Bréfritari: Jakobína Jónsdóttir
Viðtakandi: Sólveig Jónsdóttir
Dagsetning: A-1868-03-26
Skrifað á: Hólmum  S-Múl.
systir bréfviðtakanda

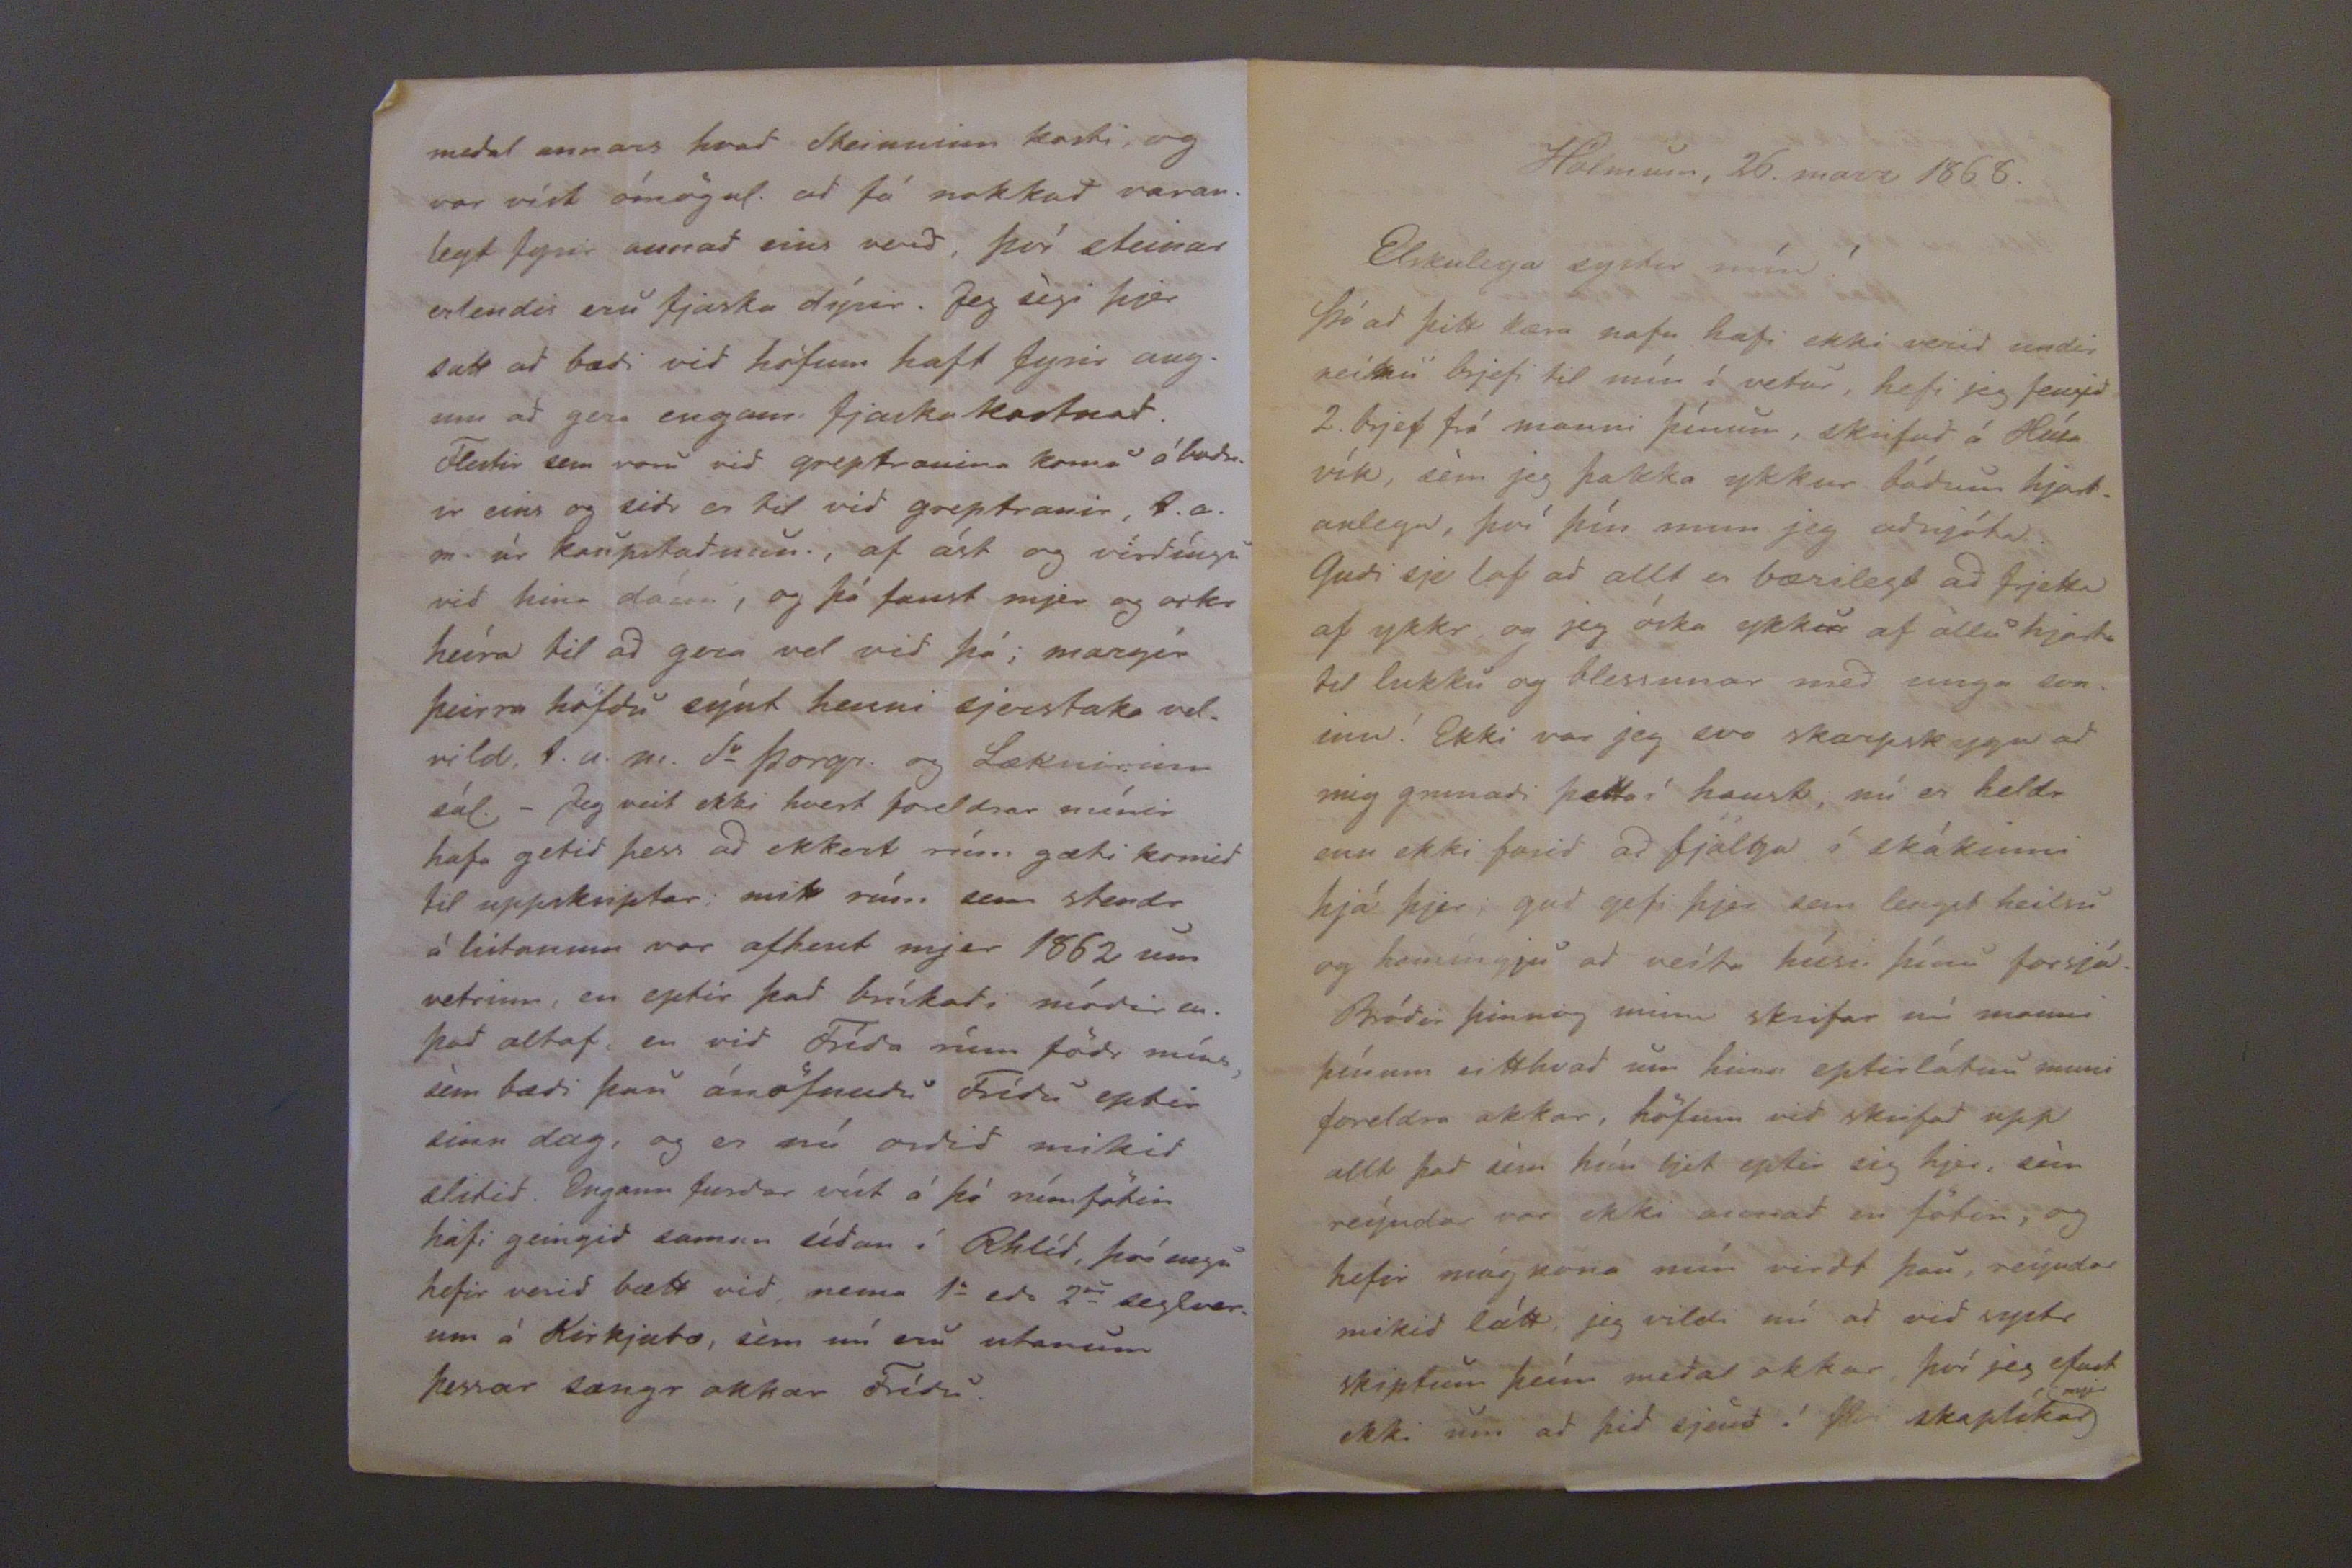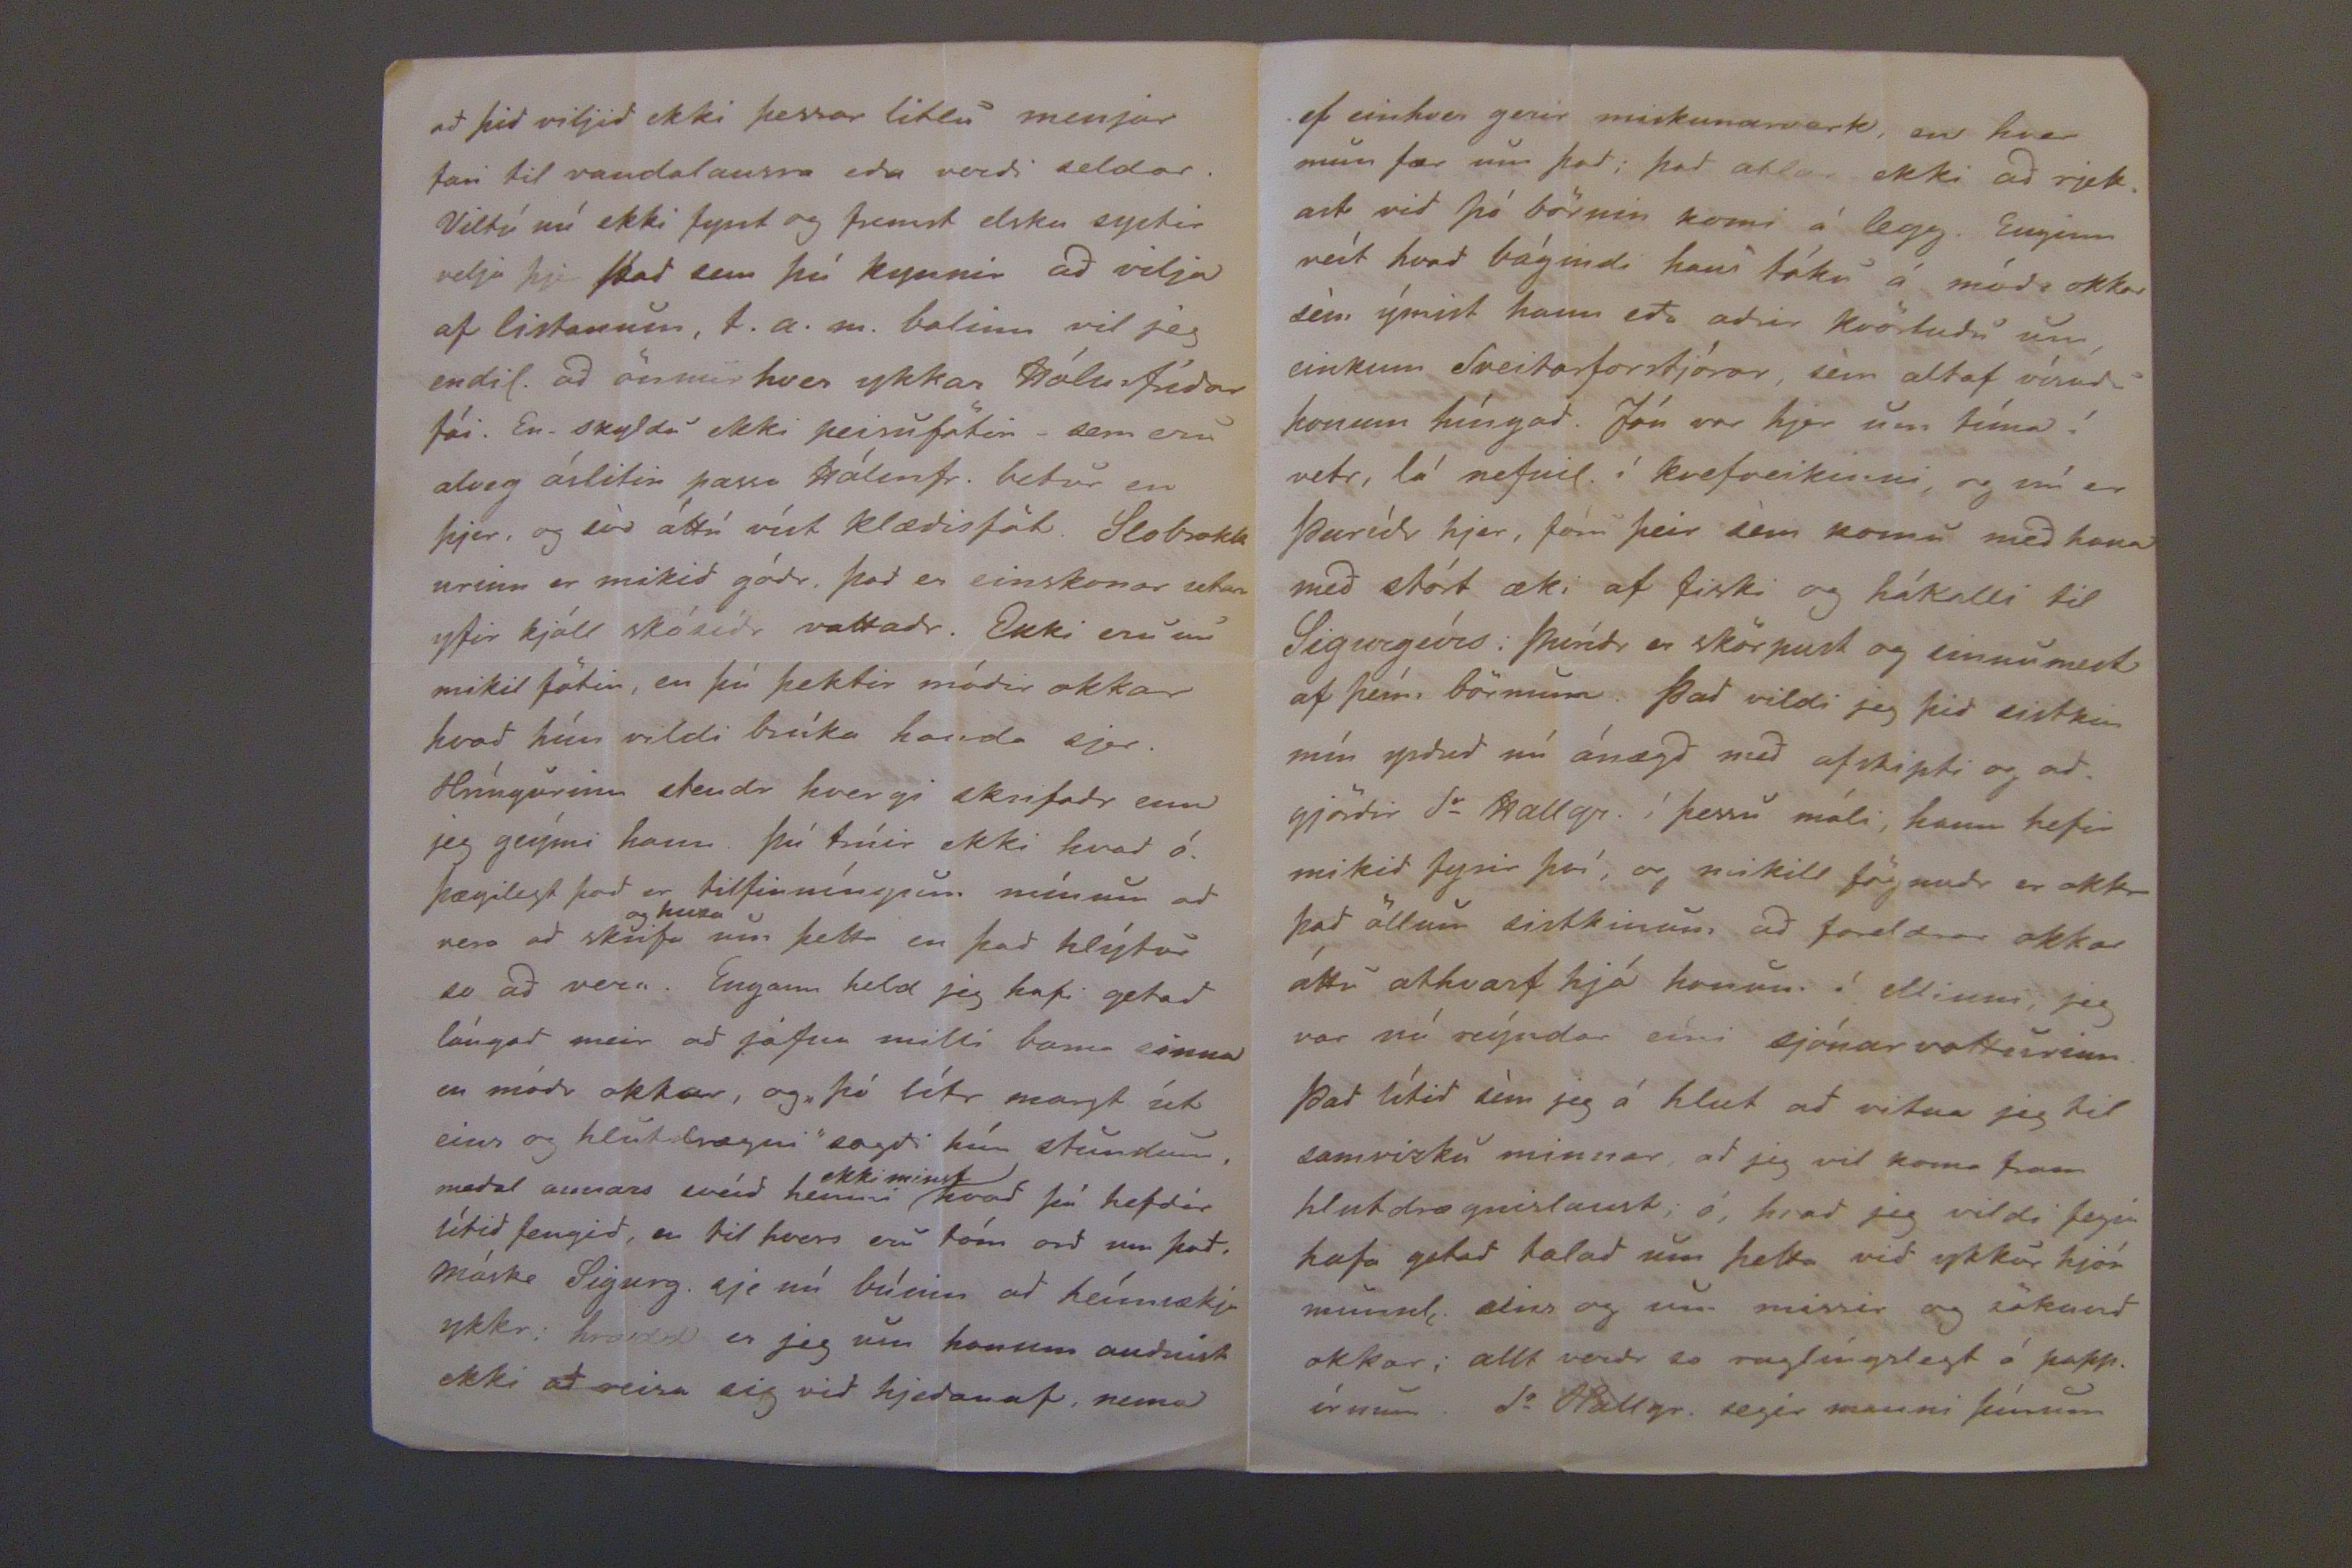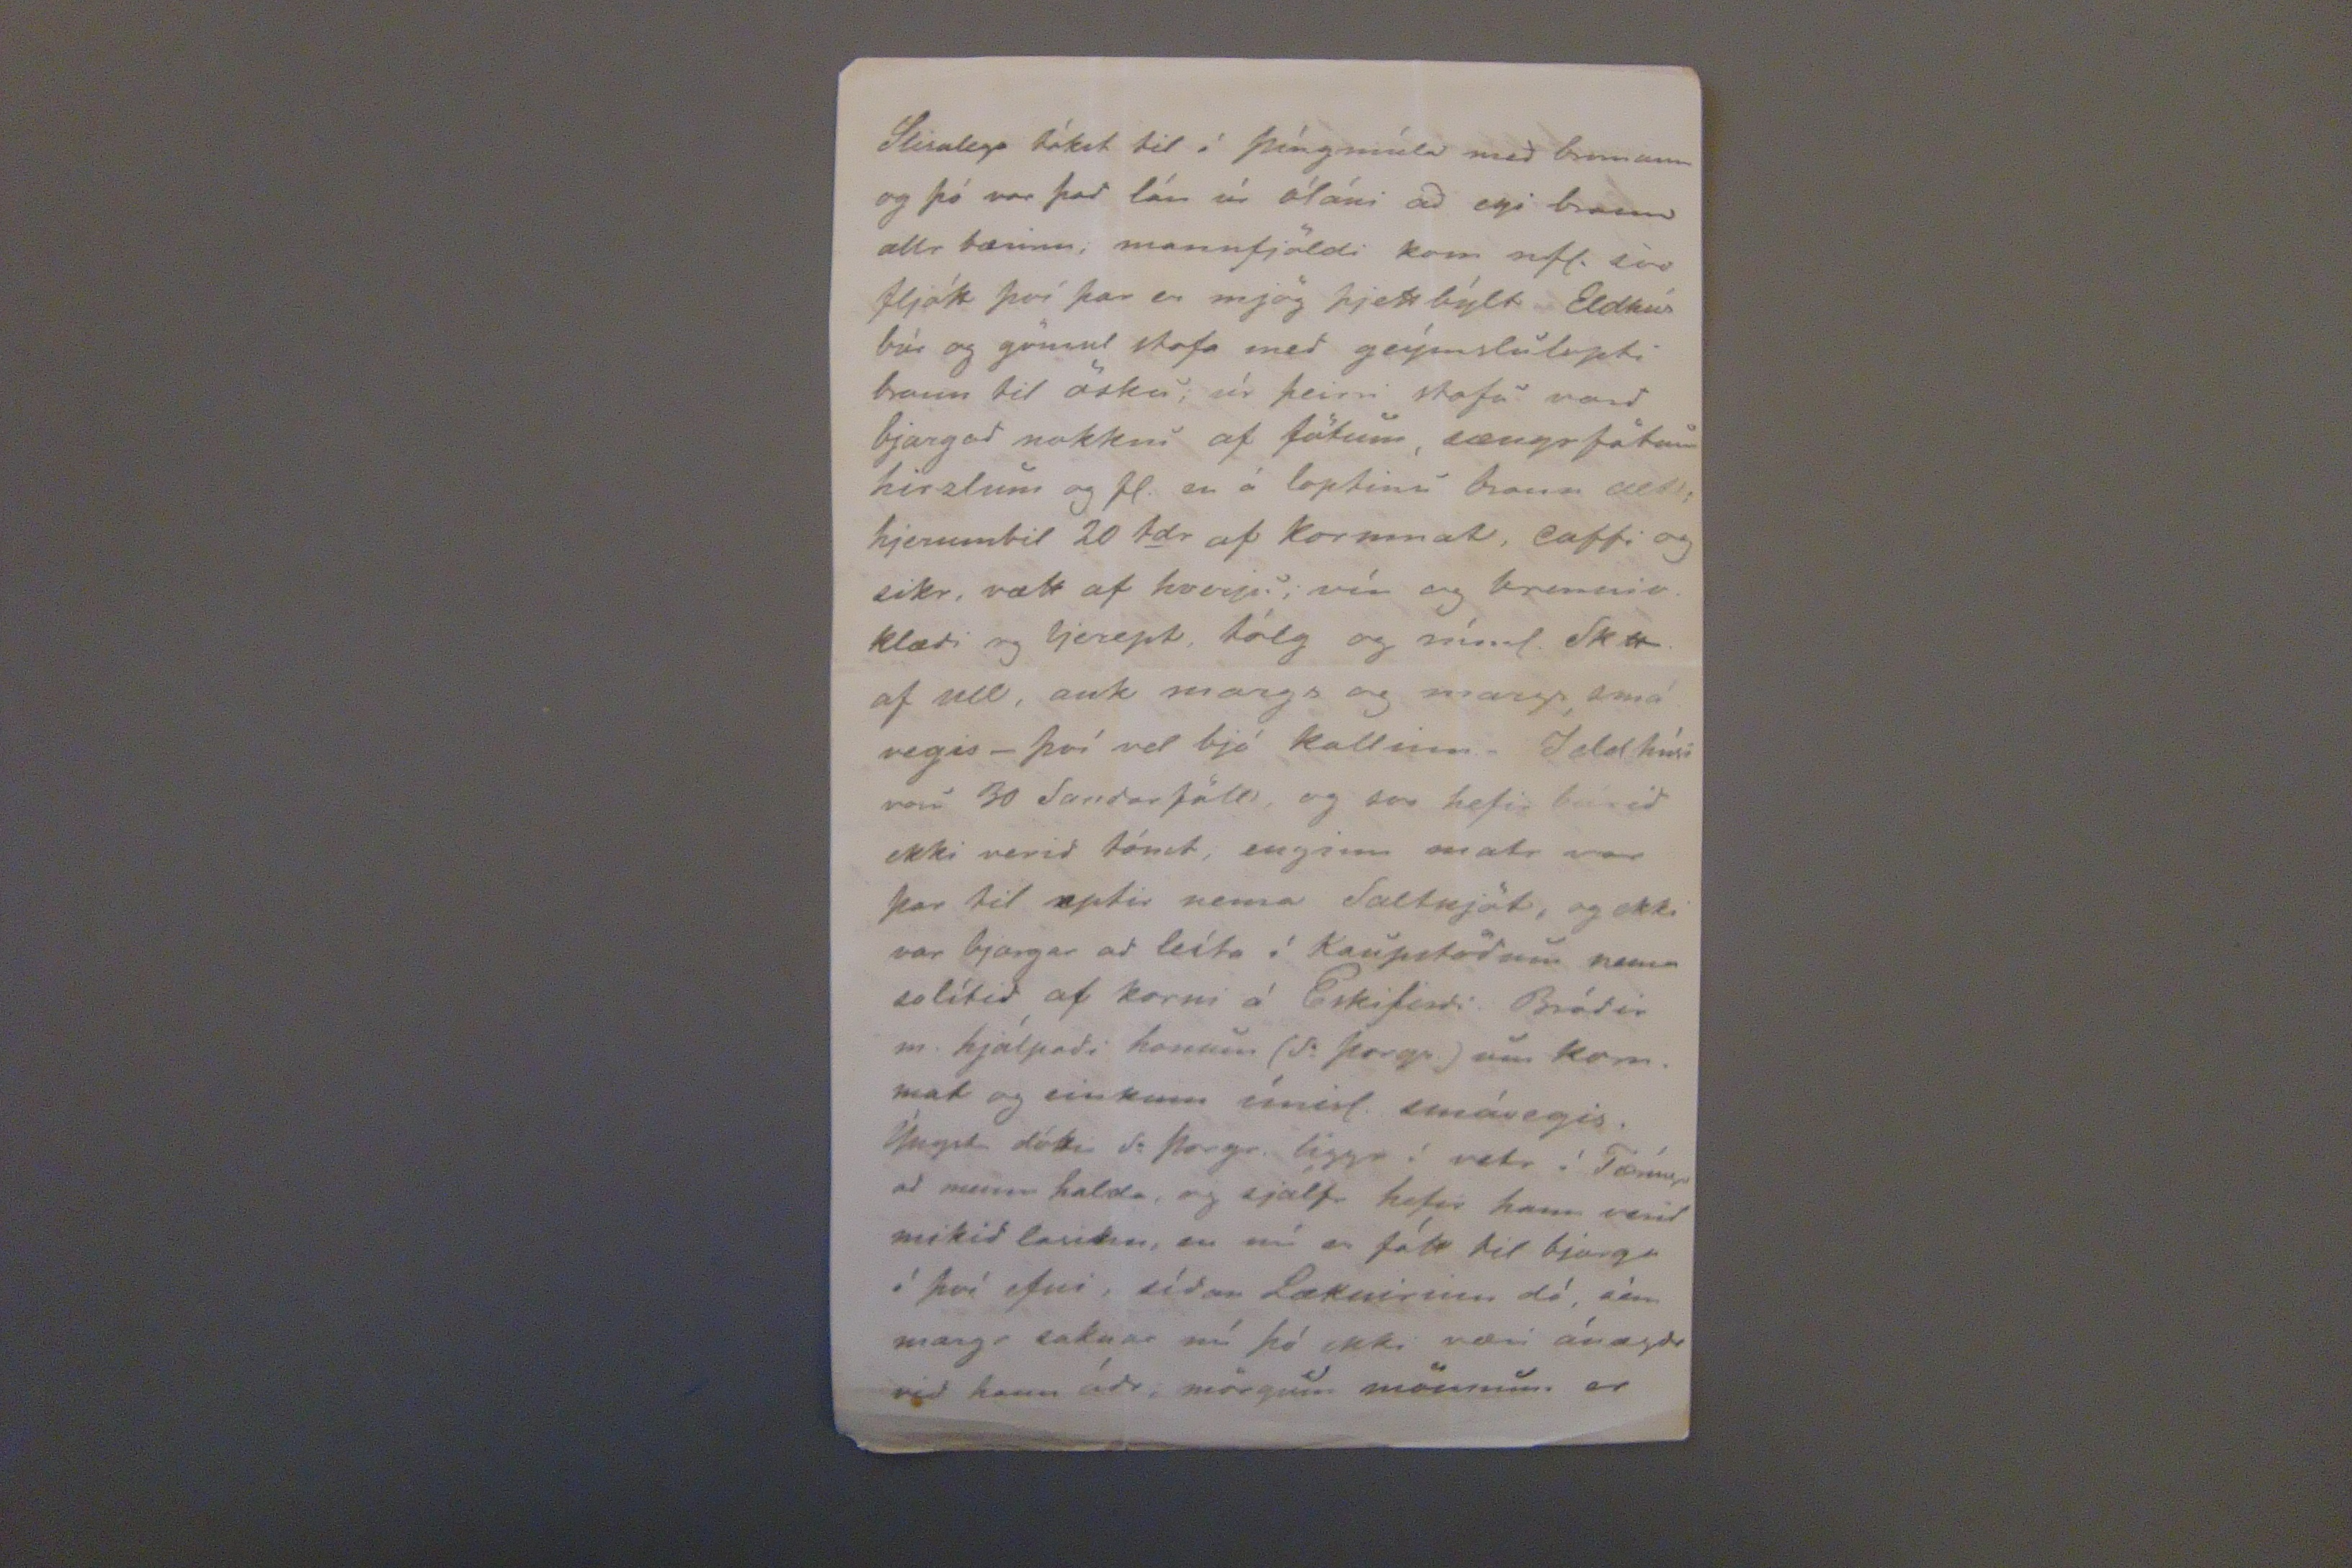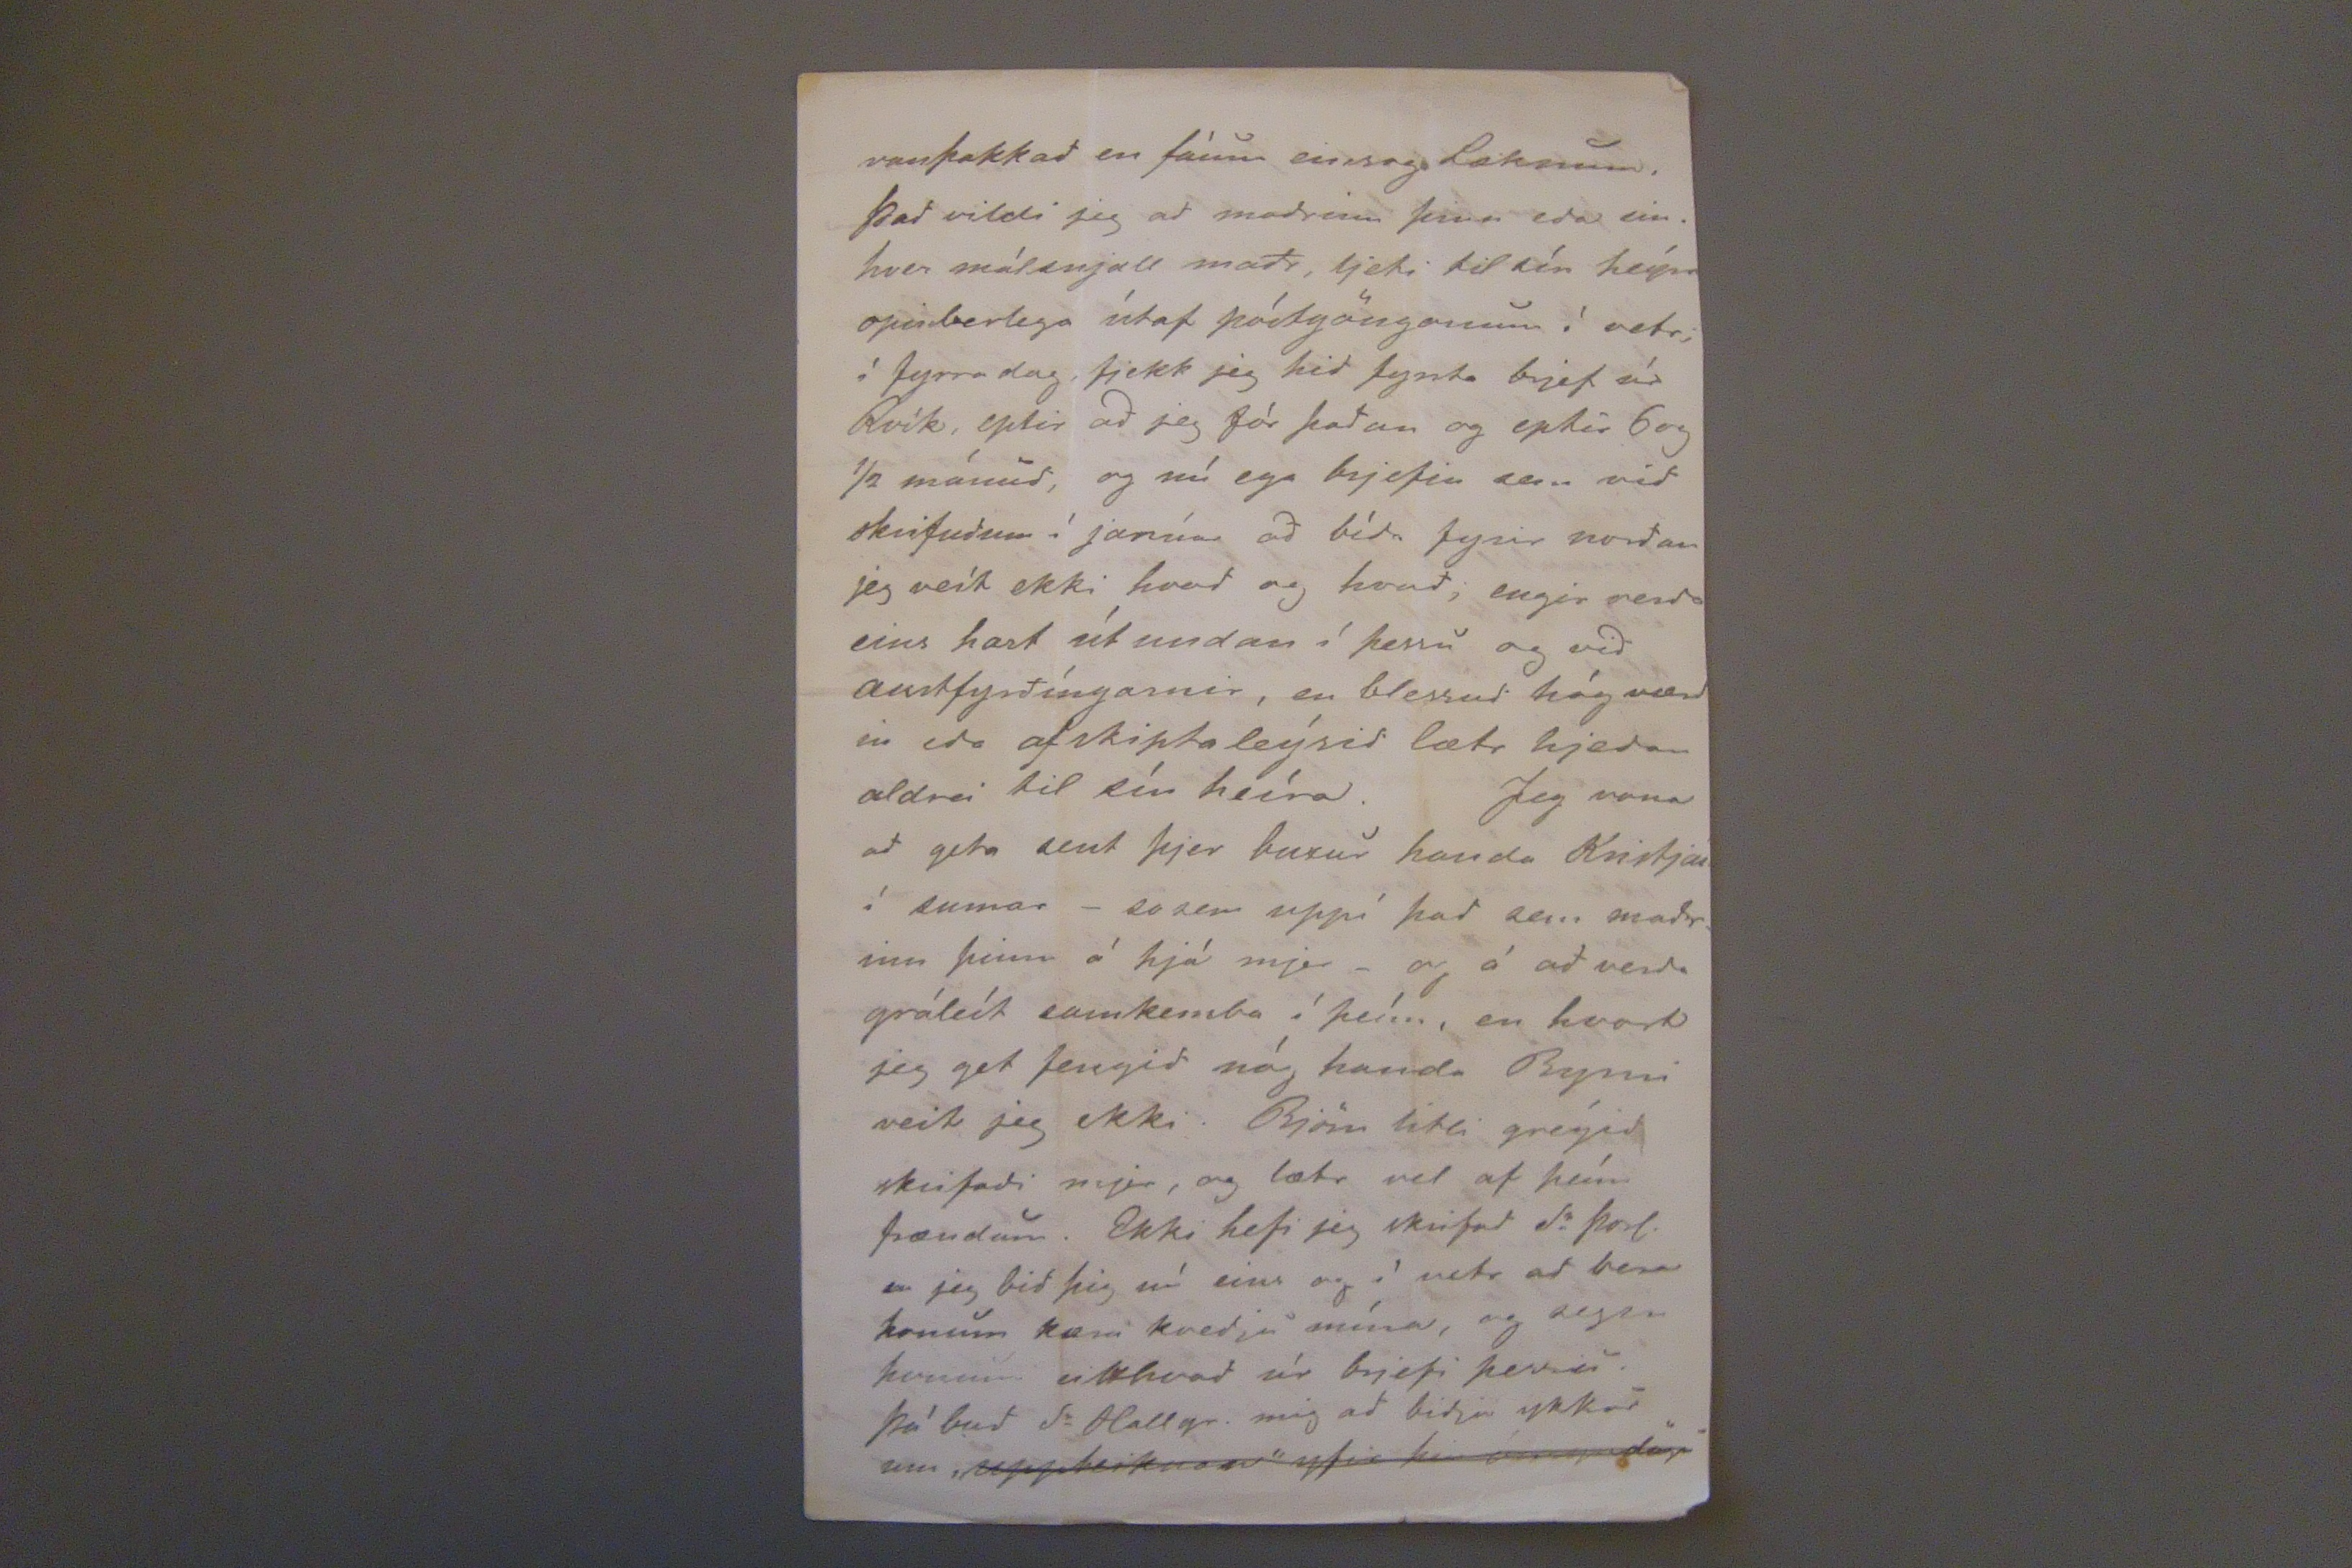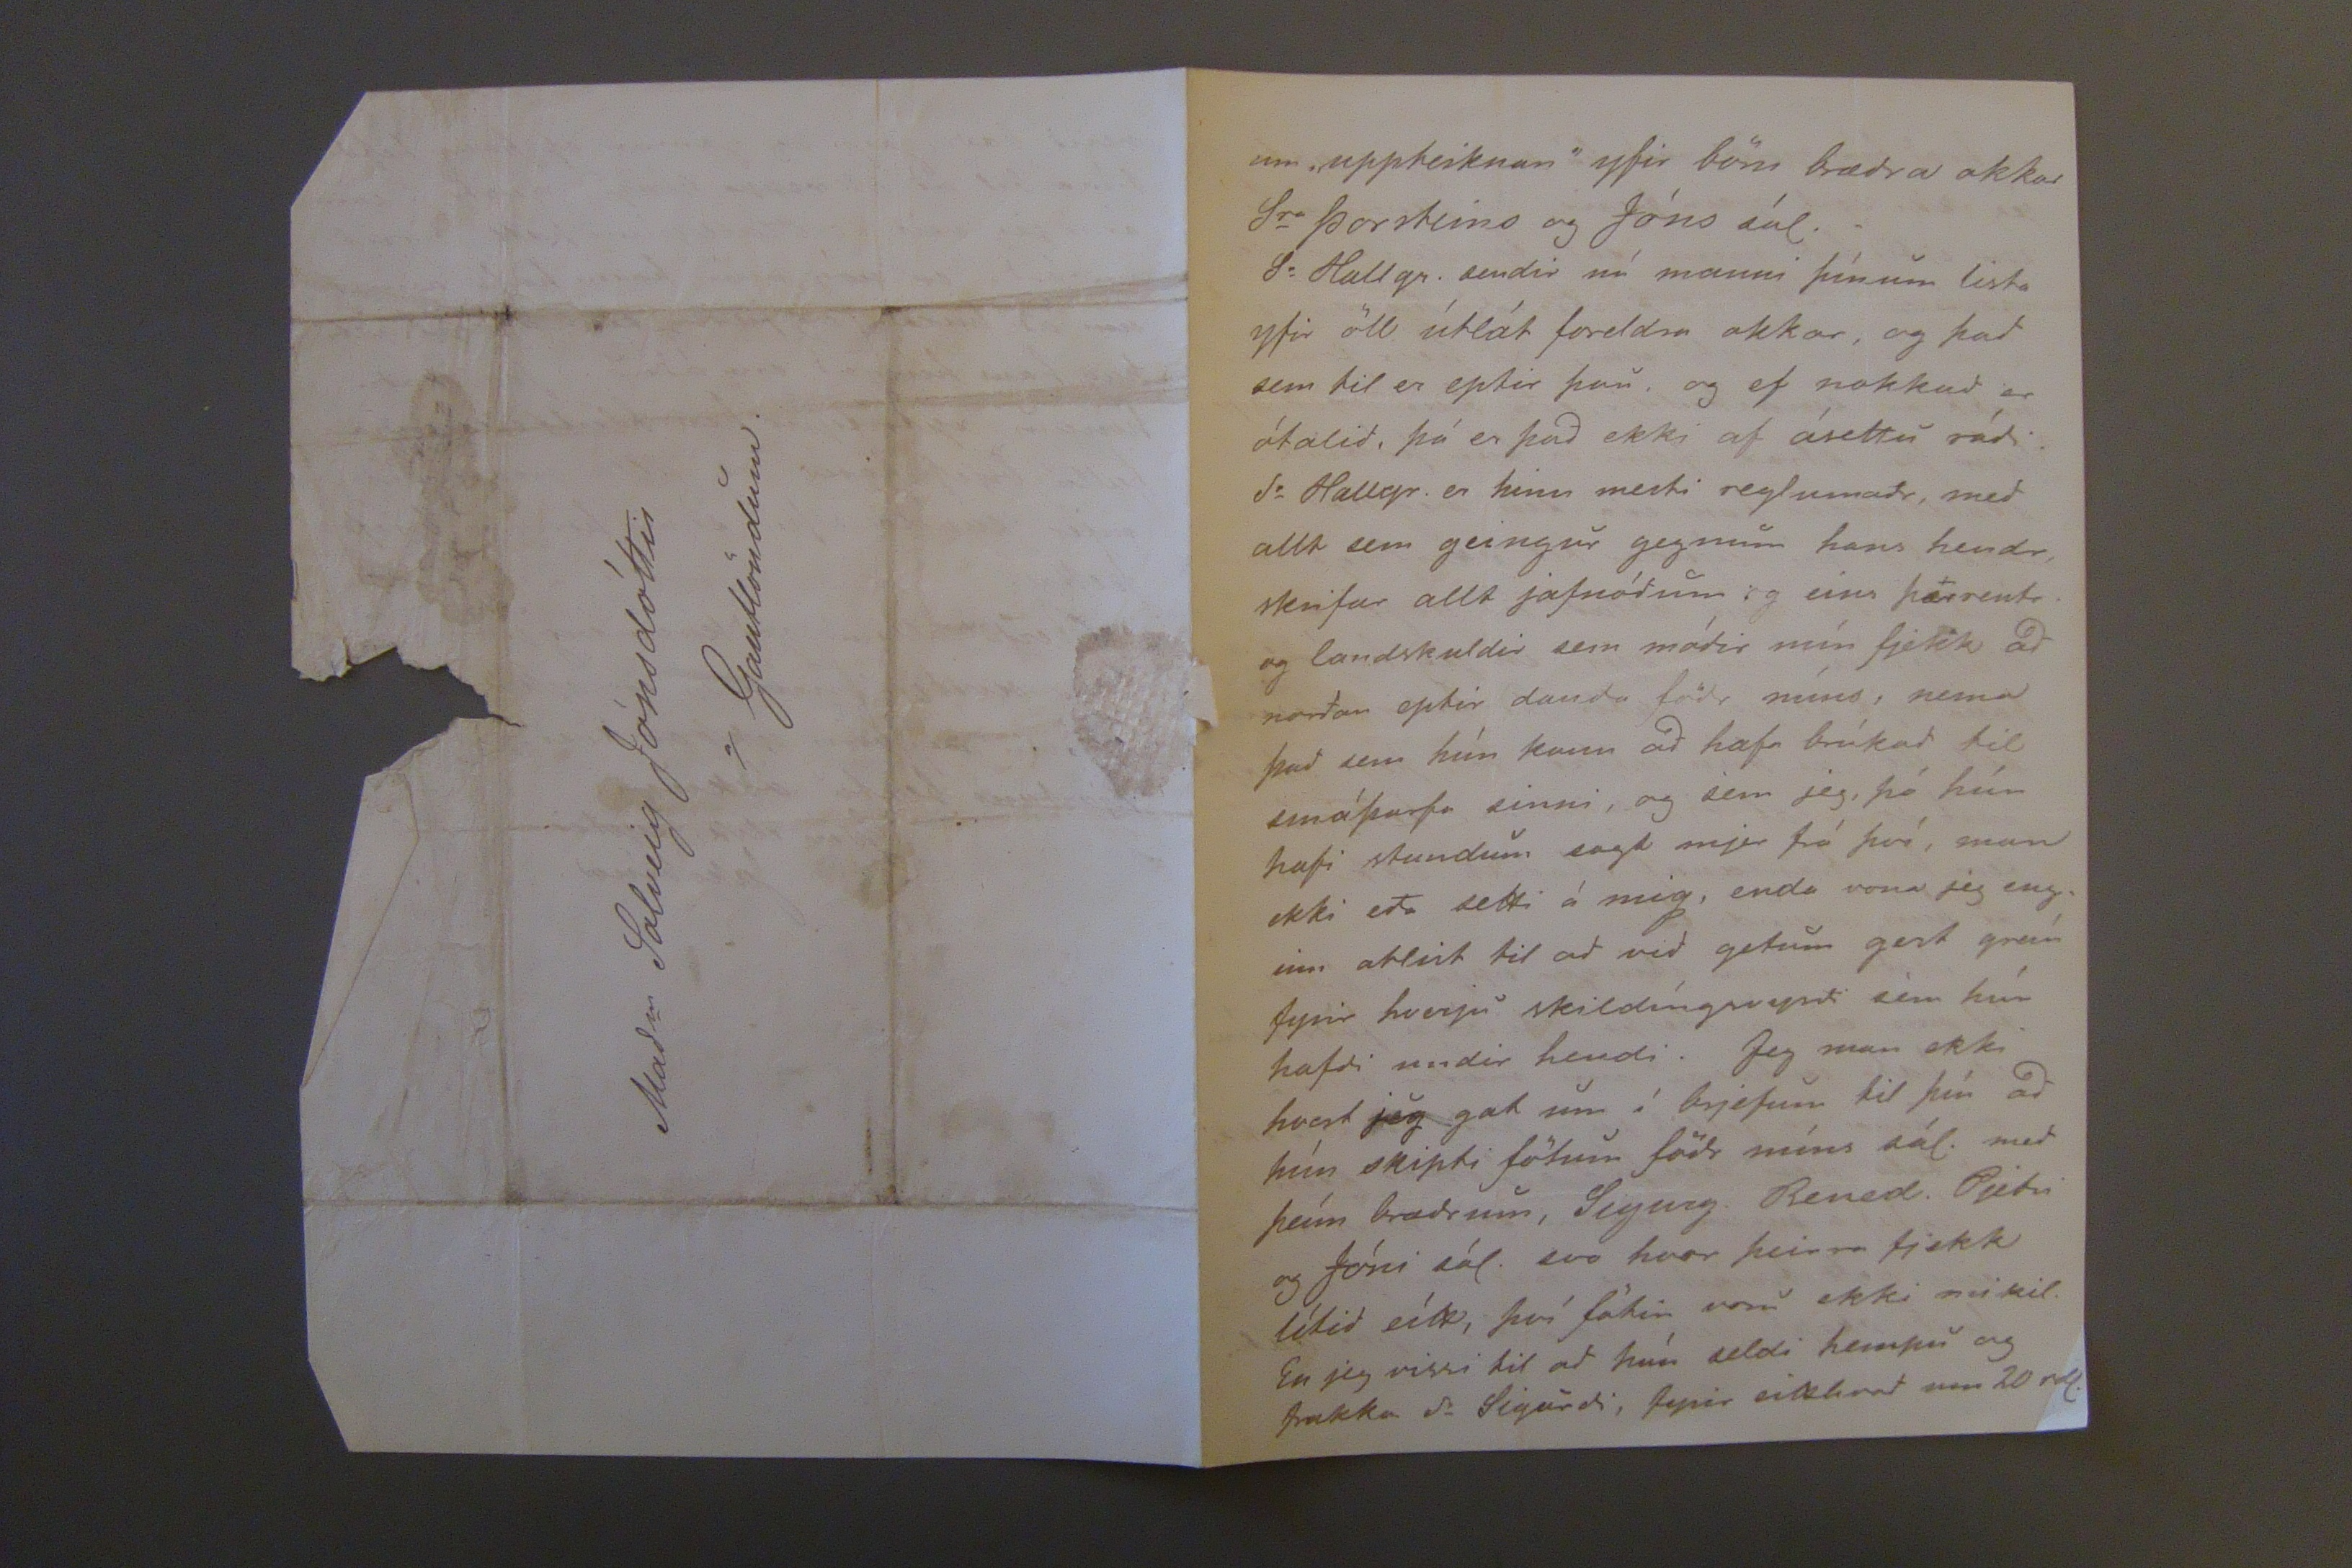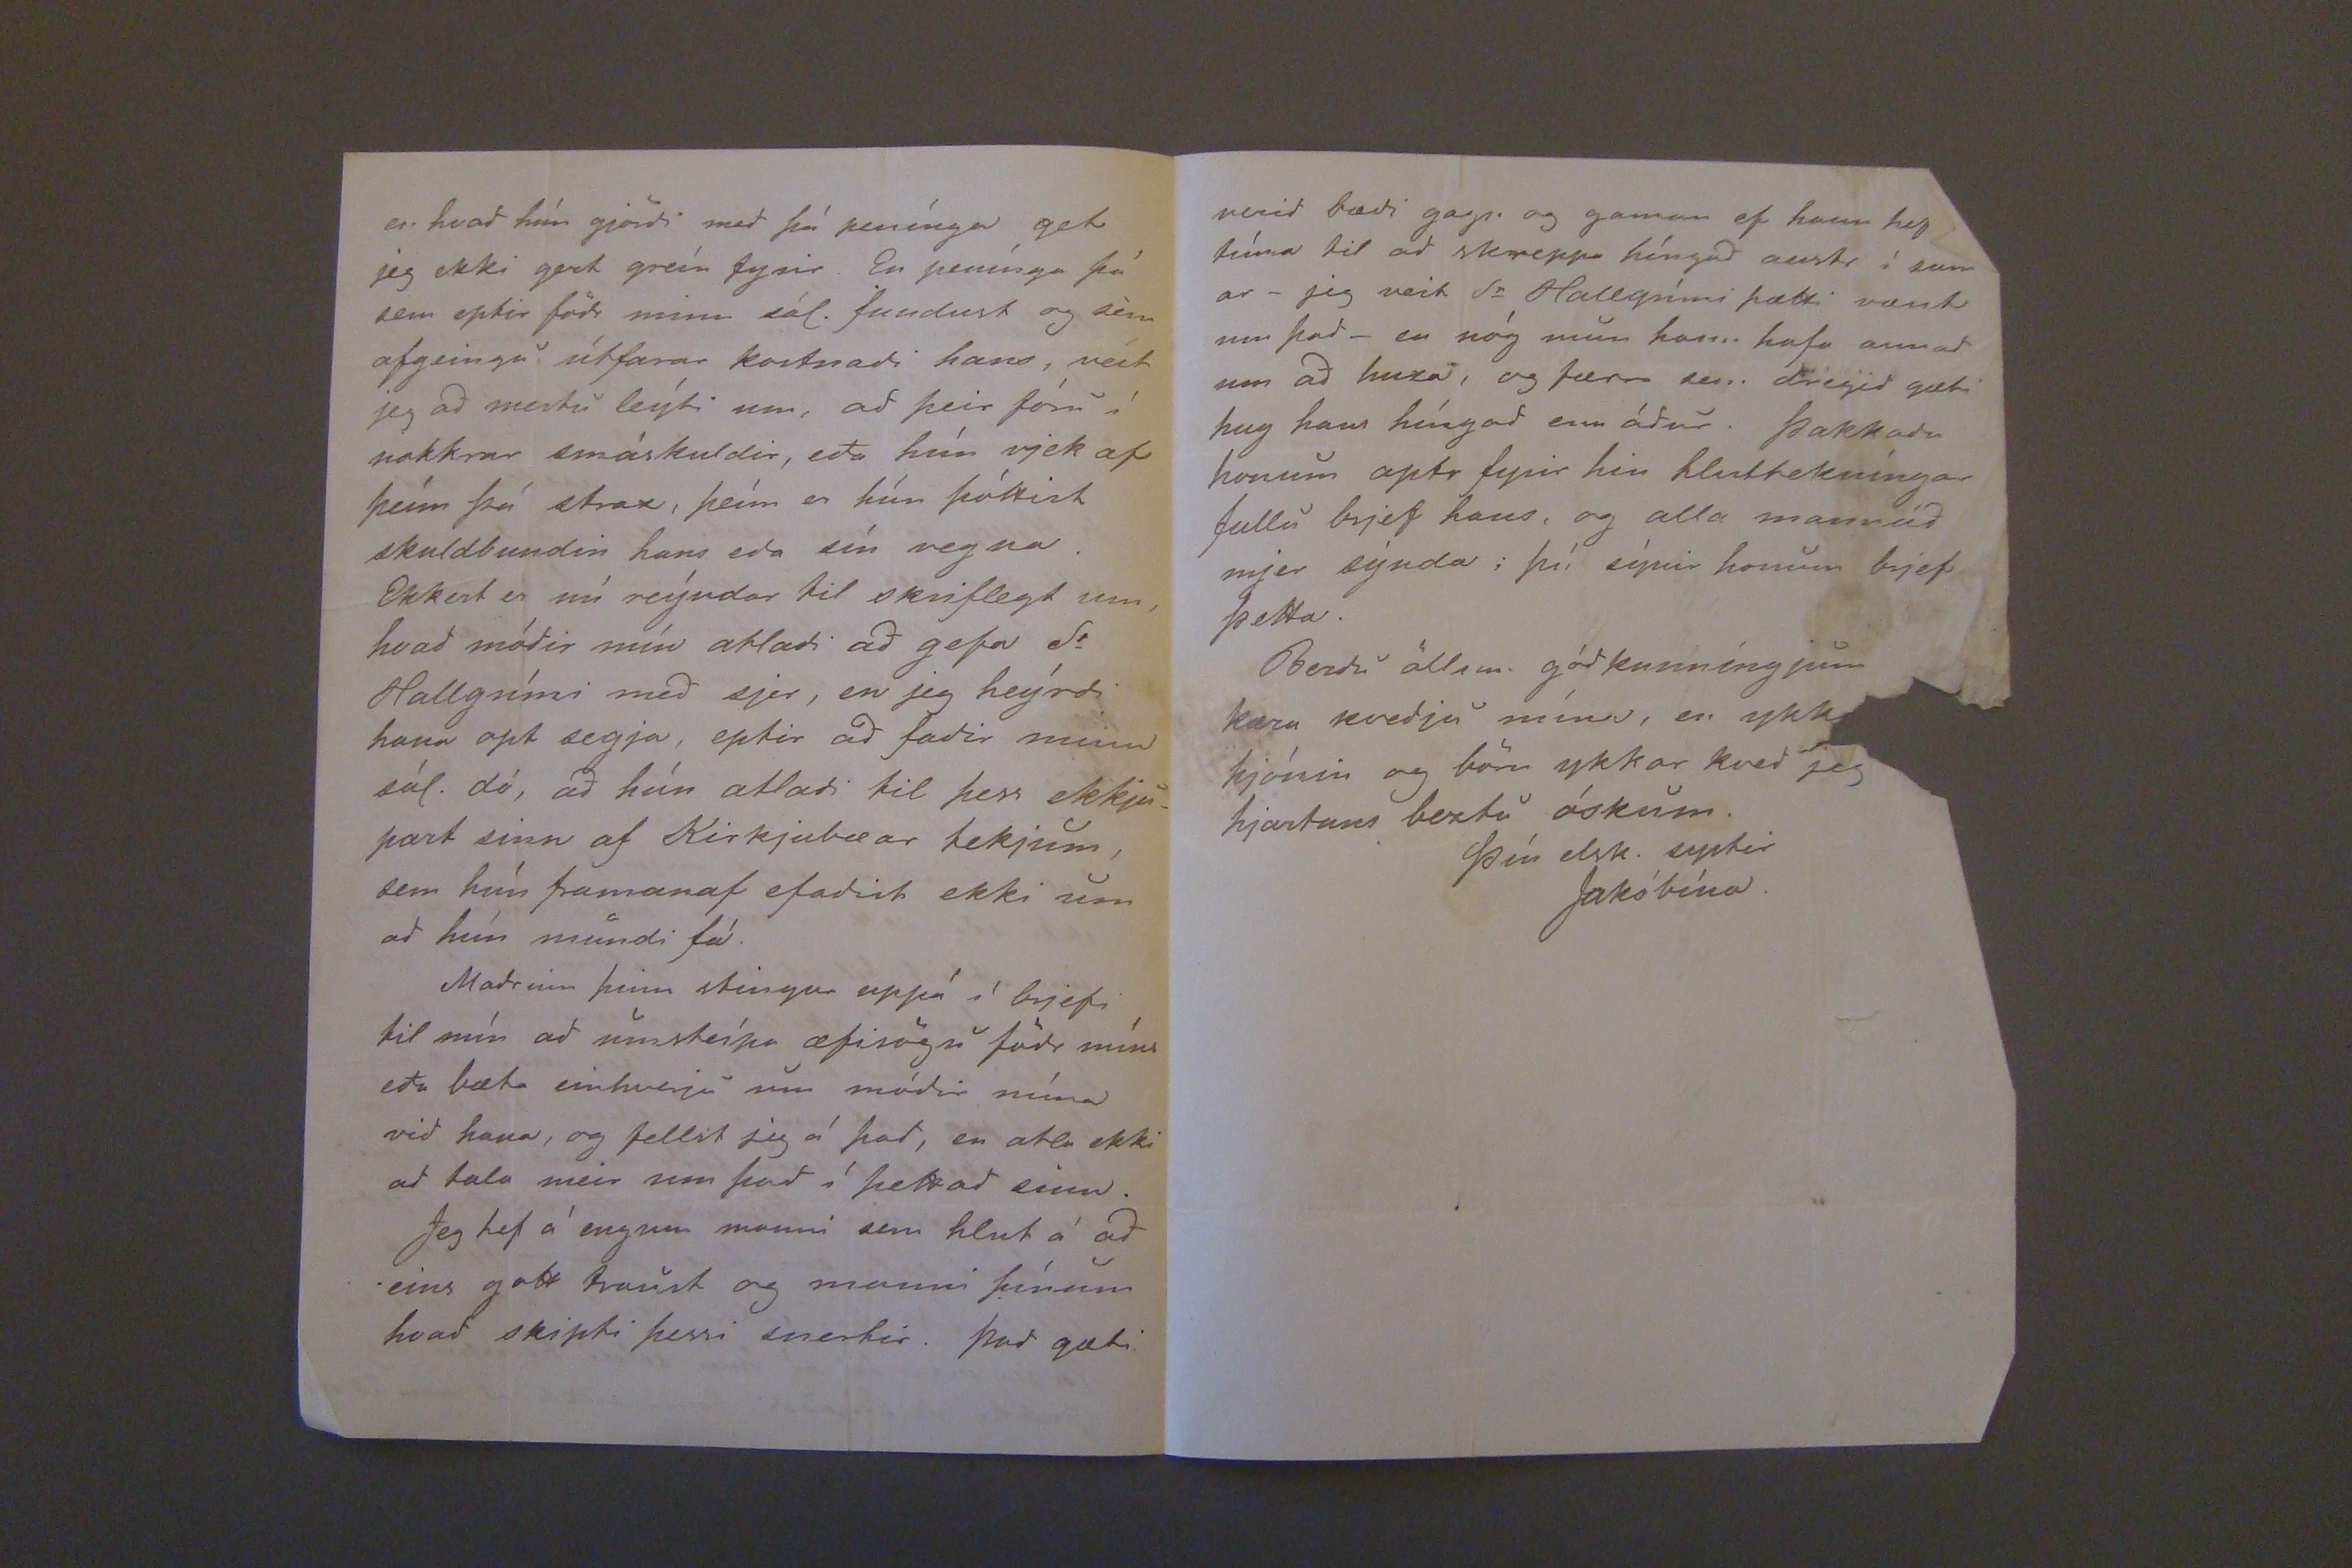

Hólmum, 26. marz 1868.
Elskulega systir mín!
Þó ad þitt kæra nafn hafi ekki verid undir neinu brjefi til mín í vetur, hefi jeg fengid 2. brjef frá manni þínum, skrifud á Húsavík, sem jeg þakka ykkur bádum hjartanlega, því þín mun jeg adnjóta. Gudi sje lof ad allt er bærilegt ad frjetta af ykkr, og jeg óska ykkur af öllu hjarta til lukku og blessunar med unga soninn! Ekki var jeg svo skarpskygn ad mig grunadi þetta í haust, hú er heldr enn ekki farid ad fjölga í skákinni hjá þjer; gud gefi þjer sem lengst heilsu og hamíngju ad veita húsiþínu forsjá. Bródir þinnog minn skrifar nú manni þínum eitthvad um hina eptirlátum muni foreldra okkar, höfum vid skrifad upp allt þad sem hún ljet eptir sig hjer, sém reýndar var ekki annad en fötin, og hefir mágkona mín virdt þau, reýndar mikid látt, jeg vildi nú ad vid systr kiptum þeím medal okkar, því jeg efast mjer ekki um ad þid sjeud í því skaplíkar
ad þid viljid ekki þessar litlu menjar fari til vandalausra eda verdi seldar. Viltú nú ekki fyrst og fremst elsku systir velja þjer þad sem þú kynnir ad vilja af listanum, t.a.m. bolinn vil jeg endil. ad önnur hvor ykkar Hólmfrídar fái. En -skyldu ekki peisufötin- sem eru alveg óslitin passa Hólmfr. betur en þjer, og svo áttú víst klædisföt. Stolsokkurinn er mikid gódr, ad er einskonar utanyfir kjóll skósídr vattadr. Ekki eru um mikil fötin, en þú þektir módir okkar hvad hún vildi brúka handa sjer. Hríngurinn stendr hvergi skrifadr enn jeg geými hann. Þú trúir ekki hvad óþægilegt þad er tilfinníngum mínum ad vera ad skrifa
og huxa
um þetta en þad hlýtur so ad vera. Engann held jeg hafi getad lángad meir ad jafna milli barna sinna en módr okkar, og "þó lítr marg út eins og hlutdrægni" sagdi hún stundum, medal annars sveíd henni
ekki minst
hvad þú hefdir lítid fengid, en til hvers eru tóm ord um þad. Máske Sigurg. sje nú búinn ad heímsækja ykkr, hrædd er jeg um honum audnist ekki ad reisa sig vid hjedanaf, nema
medal annars hvad Steinninn kosti, og var víst ómögul. ad fá nokkud varanlegt fyrir annad eins verd, því steinar erlendis eru fjarska dýrir. Jeg segi þjer sat ad bædi vid höfum haft fyrir augum ad gera engann fjarska kostnad. Flestir sem voru vid greptrunina komu óbodnir eins og sidr er til vid greptranir, t.a.m. úr kaupstanum, af ást og virdíngu vid hina dánu, og þó fanst mjer og ockr heíra til ad gera vel vid þá; margír þeirra höfdu sýnt henni sjerstaka velvild. t.a.m. Sr Þorgr. og Læknirinn sál. -Jeg veit ekki hvort foreldrar mínir hafa getid þess ad ekkert rúm gæti komid til uppskriptar, mitt rúm sem stendr á listanum var afhent mjer 1862 um vetrinn, en eptir þad brókadi módir m. þad altaf en vid Frída rúm födr míns, sem bædi þau ánöfnudu Frídu eptir sinn dag, og er nú ordid mikid slitid. Engann furdar víst á þó rúmfötin hafi geingid saman sídan í Rhlíd, því enga hefir verid bætt vid, nema 1a eda 2an seglverum á Kirkjubæ, sem nú eru utanum þessar sængr okkar Frídu.
ef einhver gerir miskunarverk, en hver mun fær um þad; þad ætlar ekki ad rjettast vid þó börnin komi á legg. Enginn veít hvad bágindi hans tóku á módr okkar sem ýmist hann eda adrir kvörtudu um, einkum Sveitarforstjórar, sem altaf vísudu honum híngad. Jón var hjer um tíma í vetr, lá nefnil. í kvefveikinni, og nú er Þurídr hjer, fóru þeir sem komu med hana med stórt æki af fiski og hákalli til Sigurgeírs; Þurídr er skörpust og sinnumest af þeím börnum. Þad vildi jeg þid sistkin mín yrdud nú ánægt med afskipti og adgjördir Sr Hallgr. í þessu máli, hann hefir mikid fyrir því, og mikill fögnudr er okkr þad öllum sistkinum, ad foreldrar okkar áttu athvarf hjá honum í ellinni, jeg var nú reýndar eíni sjónarvotturinn. Þad lítid sem jeg á hlut ad vitna jeg til samvizku minnar, ad jeg vil koma fram hlutdrægnislaust; ó, hvad jeg vildi fegin hafa getad talad um þetta vid ykkur hjér munnl,. eins og um missir og söknud okkar; allt verdr so ruglíngslegt á pappírnum. Sr Hallgr. segir manni þínum
Slisalega tókst til í Þíngmúla med brunann og þó var þad lán úr óláni ad egi brann allr bærinn; mannfjöldi kom nefl. svo fljótt því þar er mjög þjettbýlt Eldhús búr og gömul stofa med geýmslulopti brann til ösku, úr þeirri stofu vard bjargad nokkru af fötum, sængrfötum hirzlum og fl. en á loptinu brann alt, hjerumbil 20 sdr af kornmat, caffi og sikr, vætt af hverju, vín og brenniv. klædi og ljerept, tólg og rúml. Skott af ull, auk margs og margs smávegis -því vel bjó kallinn- Í eldhúsi voru 30 SaudarSull, og svo hefir búrid ekki verid tómt, enginn matr var þar til eptir nema Saltkjöt, og ekki var bjargar ad leíta í Kaupstödum nema so lítid af korni á Eskifirdi. Bródir m. hjálpadi honum (Sr Þorgr.) um kornmat og einkum ímisl. smávegis. Ýngsta dóttir Sr Þorgr. liggr í vetr í Tóms ad muna halda, og sjálfr hefir hann verid mikid lasinn, en nú er fátt til bjarga í því efni, sídan Læknirinn dó, sem mags saknar nú þó ekki væri ánægdr vid hann ádr, mörgum mönnum er
vanþakkad en fáum einsog Læknum. Þad vildi jeg ad madrinn þinn eda einhver málsnjall madr, ljeti til sín heýra opinberlega útaf póstgöngonum í betr, í fyrra dag, fjekk jeg hid fyrsta brjef úr Rvík, eptir ad jeg fór þadan og eptir 6 og 1/2 mánud, og nú ega brjefin sem vid skrifudum í janúar ad bída fyrir nordan jeg veít ekki hvad og hvad, engir verda eins hart útundan í þessu og vid austfyrdíngarnir, en blessud hógværdin eda afskiptaleýsid lætr hjedan aldrei til sín heíra. Jeg vona ad geta sent þjer buxur handa Kristján í sumar -so sem uppí þad sem madrinn þinn á hjá mjer- og á ad verda gráleít samkemba í þeím, en hvort jeg get fengid nóg handa Byrni veit jeg ekki. Björn litli greýid skifadi mjer, og lætr vel af þeím frændum. Ekki hefi jeg skrifad Sr Þorl. en jeg bid þig nú eins og í vetr ad bera honum kæra kvedju mína, og segir honum eitthvad úr brjefi þessu. Þá bad Sr Hallgr. mig ad bidja ykkur um
"uppbeiknan" yfir hin ámyndag
en hvad hún gjördi med þá penínga get jeg ekki gert greín fyrir. En penínga þá sem eptir födr minn sál. fundust og um afgeingu útfarar kostnadi hans, veít jeg ad mestu leýti um, ad þeir fóru í nokkrar smáskuldir, eda hún vjek af þeím þá strax, þeím er hún þóttist skuldbundin hans eda sín vegna. Ekkert er nú reýndar til skriflegt um, hvad módir mín ætladi ad gefa Sr Hallgrími med sjer, en jeg heýrdi hana opt segja, eptir ad fadir minn sál. dó, ad hún ætladi til þess ekkjupart sinn af Kirkjubæar tekjum, sem hún framanaf efadist ekki um ad hún mundi fá.
Madrinn þinn stingur uppá í brjefi til mín ad umsteípa æfisögu födr míns eda bæta einhverju um módir mína vid hana, og fellst jeg á þad, en ætla ekki ad tala meir um þad í þettad sinn
Jeg hef á engum manni sem hlut á ad eins gott traust og manni þínum hvad skipti þessi snertir. Þad gæti
um "uppteiknan" yfir börn brædra okkar Sr Þorsteins og Jóns sál.
Sr Hallgr. sendir nú manni þínum lista yfir öll útlát foreldra okkar, og þad sem til er eptir þau, og ef nokkud er ótalid, þá er þad ekki af ásettu rádi. Sr Hallgr. er hinn mesti reglumadr, med allt sem geingur gegnum hans hendr, skrifar allt jafnódum og eins harrentr og landskuldir sem módir mín fjekk ad nordan eptir dauda födr míns, nema þad sem hún kann ad hafa brúkad til smáþurfa sinni, og sem jeg, þó hún hafi stundum sagt mjer frá því, man ekki eda setti á mig, enda vona jeg engum atlist til ad vid getum gert grein fyrir hverju skildínguryrdi sem hún hafdi undir hendi. Jeg man ekki hvort jeg gat um í brjefum til þín ad hún skipti fötum födr míns sál. med þeím brædrum, Sigurg. Bened. Pjetri og Jóni sál. svo hvor þeirra fjekk lítid eítt, því fötin voru ekki mikil. En jeg vissi til ad hún seldi hempu og frakka Sr Sigurdi, fyrir eitthvad um 20
rdl.
verid bædi gagn og gaman ef hann hefir tíma til ad skreppa híngad austr í sumar öjeg veit Sr Hallgrími þætti vænt um þad- en nóg mun hann hafa annad um ad huxa, og færra sem dregid gæti hug hans híngad enn ádur. Þakkadu honum aptr fyrir hin hluttekníngarfullu brjef hans, og alla mannúd mjer sýnda; þú sýnir honum brjef þetta.
Berdu öllum gódkunníngjum kæra kvedju mína, en ykkur hjónin og börn ykkar kved jeg hjartans beztu óskum.
Þín elsk. systir
Jakóbína
Mad
m
Solveig Jónsdóttir
á/Gautlöndum.